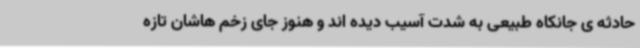
حادثه ی جانکاه طبیعی به شدت آسیب دیده اند و هنوز جای زخم هاشان تازه